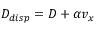
D _ { d i s p } = D + \alpha v _ { x }